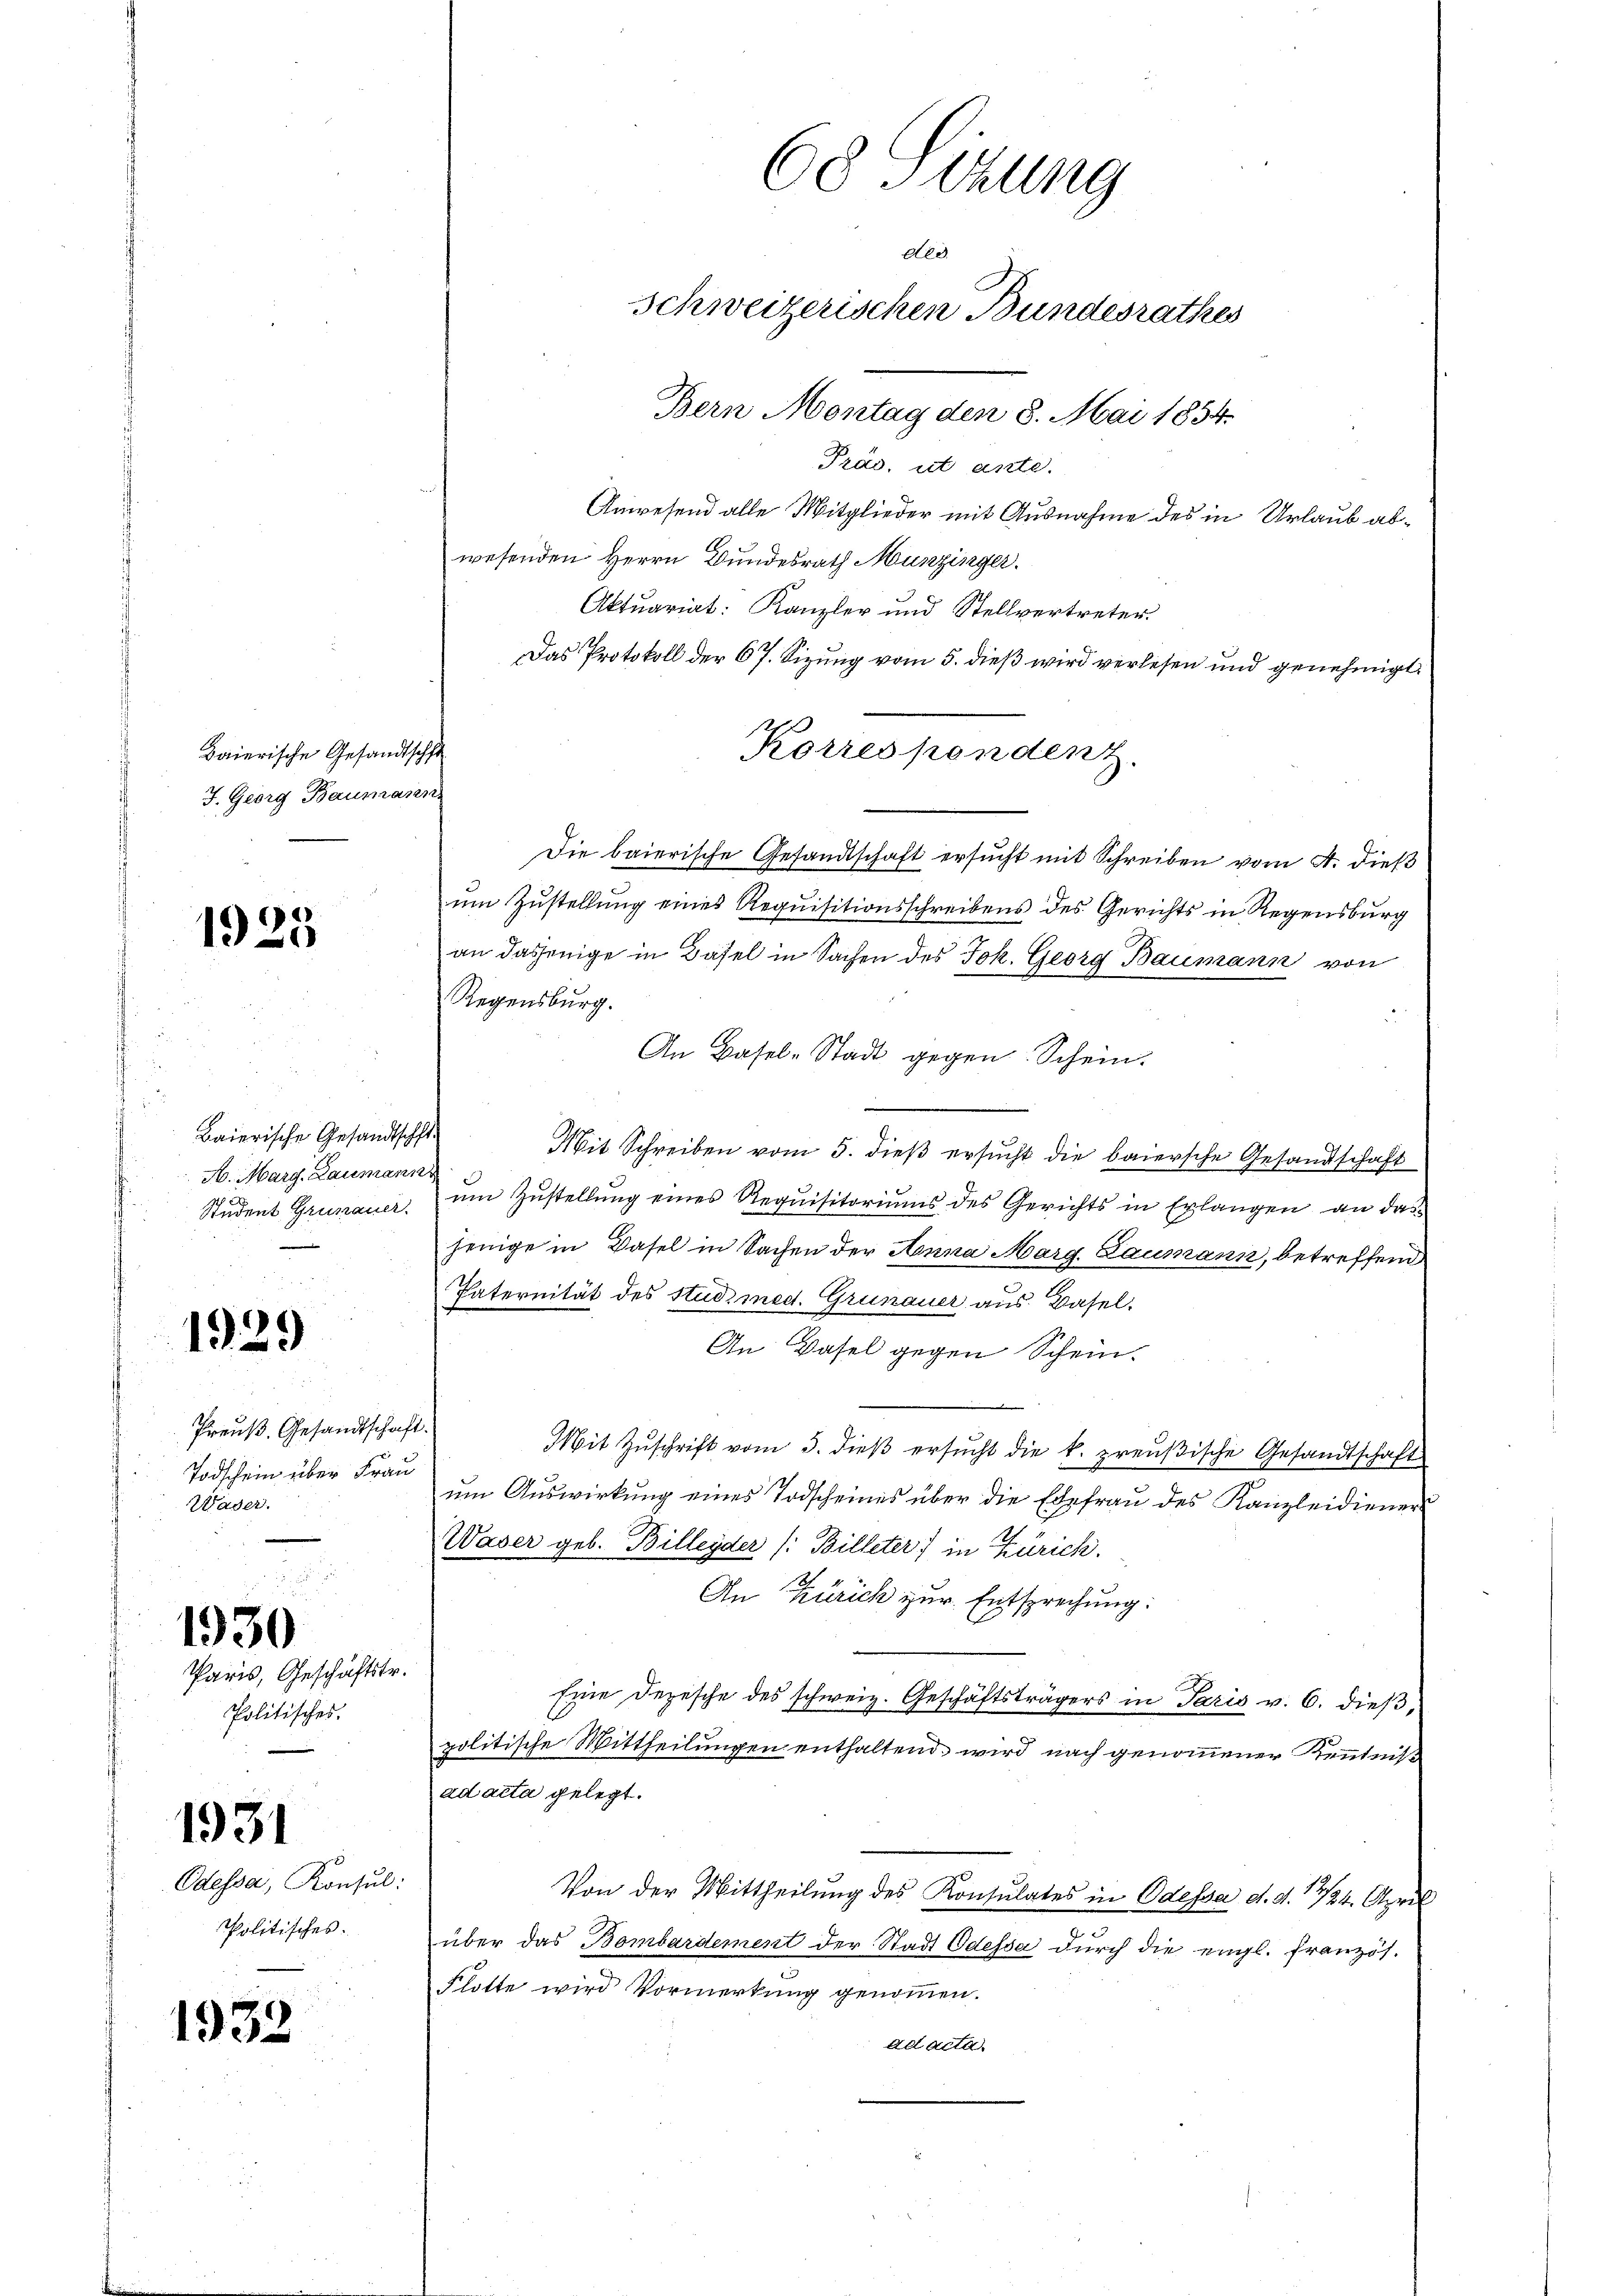
Baierische Gesandtschft
J. Georg Baumann.

1929

1930

1931

193.

1925

Baierische Gesandtschft
H. Marg. Laumanns
e

Preuß. Gesandtschaft.
Todschein über Frau
Waser.

Paris, Geschäftstr.
Politisches.

Odessa, Konsul:
Politisches.

2

Pras, ut ante.
Anwesend alle Mitglieder mit Ausnahme des in Urlaub abwesenden Herrn Bundesrath Munzinger.
Aktuariat: Kanzler und Stellvertreter
Das Protokoll der 67. Sizung vom 5. dieß wird verlesen und genehmigt
Die baierische Gesandtschaft ersucht mit Schreiben vom 4. dieß
um Zustellung eines Requisitionsschreibens des Gerichts in Regensburg
an dasjenige in Basel in Sachen des Joh. Georg Baumann von
Regensburg.
An Basel-Stadt gegen Schein.
Mit Schreiben vom 5. dieß ersucht die baiersche Gesandschaft
Student Grünauer, ŭm Zŭstellŭng eines Requisitoriŭms des Gerichts in Erlangen an das
jenige in Basel in Sachen der Anna Marg. Laumann, betreffend
Paternität des Stud. med. Grünauer aus Basel,
An Wasel gegen Schein
Mit Zuschrift vom 3. dieß ersucht die k. preußische Gesandtschaft
ŭm Aŭswirkung eines Todscheines über die Ehefraŭ des Kanzleidiener
Waser geb. Billeyder (: Billeter) in Zürich.
An Zürich zur Entsprechung:
Eine Depesche des schweiz. Geschäftsträgers in Paris v. 6. dieß,
politische Mittheilungen enthaltend wird nach genommener Kenntniß
ad acta gelegt.
Von der Mittheilung des Konsulates in Odessa d. d. 1724. April
über das Bombardement der Stadt Odessa durch die engl. französ.
Flotte wird Vormerkung genommen.
ad acta.

68 Sizung
Ale
Schweizerischen Bundesrathes
Bern Montag den 8. Mai 1854.

Korrespendent.